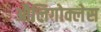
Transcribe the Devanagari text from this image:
औलिगोक्लेस